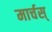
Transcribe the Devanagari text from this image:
मार्चस्